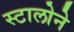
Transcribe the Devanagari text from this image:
स्टालोने